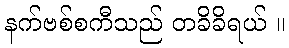
နက်ဗစ်စကီသည် တခိခိရယ် ။